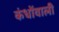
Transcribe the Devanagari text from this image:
कंधोंवाली